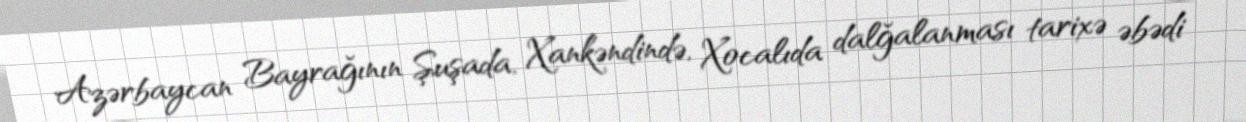
Azərbaycan Bayrağının Şuşada, Xankəndində, Xocalıda dalğalanması tarixə əbədi